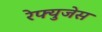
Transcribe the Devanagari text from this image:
रेफ्युजेस